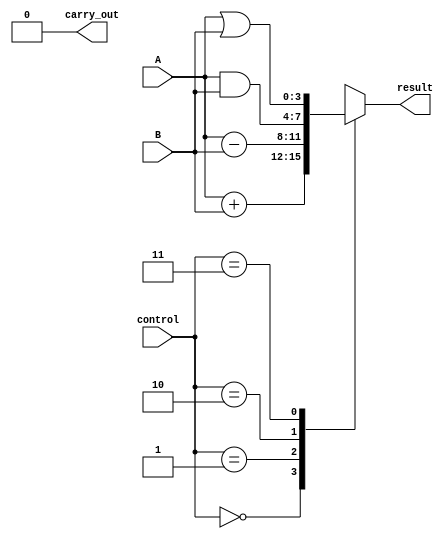
module ALU(input [3:0] A, B,
           input [1:0] control,
           output reg [3:0] result,
           output reg carry_out);

   always @*
   begin
      case(control)
         2'b00: result = A + B; // ADD operation
         2'b01: result = A - B; // SUB operation
         2'b10: result = A & B; // AND operation
         2'b11: result = A | B; // OR operation
      endcase
      
      if(result[4] == 1) // Check for carry-out
         carry_out = 1;
      else
         carry_out = 0;
   end

endmodule